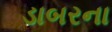
ડાબરના